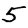
Digit: 5